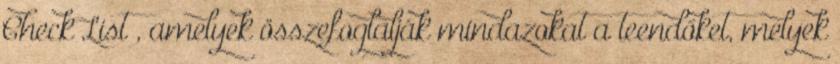
Check List , amelyek összefoglalják mindazokat a teendőket, melyek